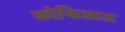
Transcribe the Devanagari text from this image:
कोफिआऊ